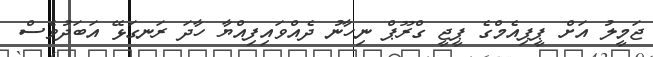
ޖަމީލު އަށް ޕީޕިއެމްގެ ޕީޖީ ގްރޫޕް ނިހާނު ދެއްވައިފިއްޔާ ހާދަ ރަނގަޅޭ އަބަދުވެސް